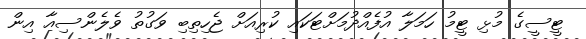
ޓީސީގެ މުޅި ޓީމު ހަމަލާ އުފެއްދުމަށްޓަކައި ކުރިއަށް ޖެހިތިބި ވަގުތު ވެލެންސިއާ އިން